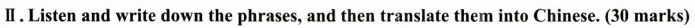
Ⅱ.Listen and write down the phrases, and then translate them into Chinese. (30 marks)